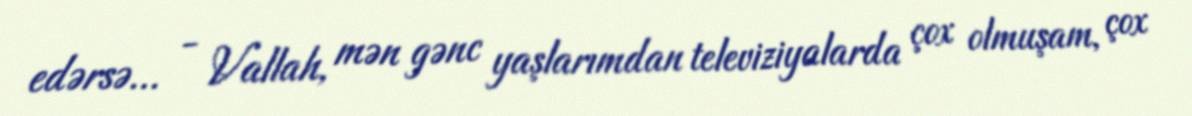
edərsə... - Vallah, mən gənc yaşlarımdan televiziyalarda çox olmuşam, çox